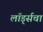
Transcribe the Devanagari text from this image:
लॉर्ड्सचा